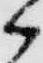
候